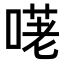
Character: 𠺜